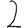
Digit: 2